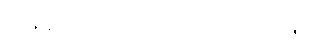
သန့်ရှင်းသောဝိညာဉ်တော်အားဖြင့်